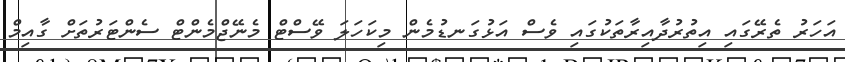
އަހަރު ތެރޭގައި އިތުރުދާއިރާތަކުގައި ވެސް އަޅުގަނޑުމެން މިކަހަލަ ވޭސްޓް މެނޭޖްމެންޓް ސެންޓަރުތަށް ގާއިމް